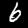
Label: 6